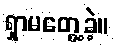
ရှာမတွေ့ခဲ့။